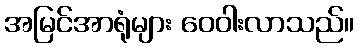
အမြင်အာရုံများ ဝေဝါးလာသည်။